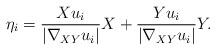
LaTeX: \begin{align*}\eta_i= \frac{Xu_i}{ |\nabla_{XY} u_i|} X + \frac{Yu_i}{ |\nabla_{XY} u_i|} Y. \end{align*}